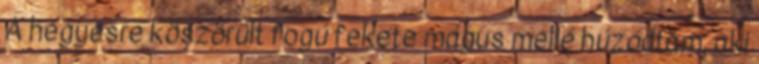
A hegyesre köszörült fogú fekete mágus mellé húzódtam, aki